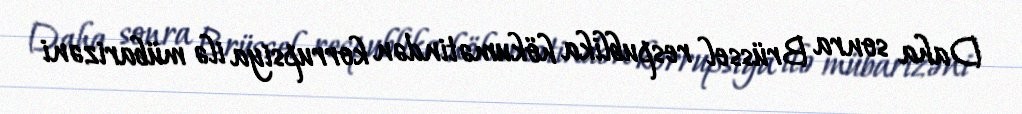
Daha sonra Brüssel respublika hökumətindən korrupsiya ilə mübarizəni